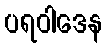
ပရဝါဒေန